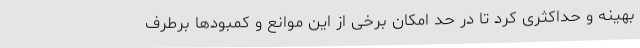
بهینه و حداکثری کرد تا در حد امکان برخی از این موانع و کمبودها برطرف